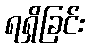
ရရှိခြင်း